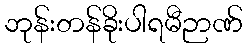
ဘုန်းတန်ခိုးပါရမီဉာဏ်